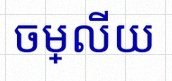
ចម្លើយ